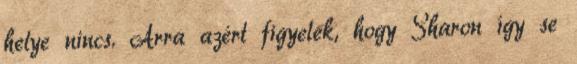
helye nincs. Arra azért figyelek, hogy Sharon így se